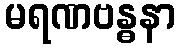
မရဏဗန္ဓနာ